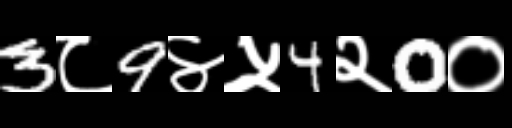
Text: 3८9४५4२0०